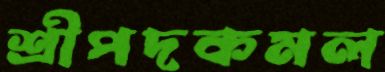
শ্রীপদকমল